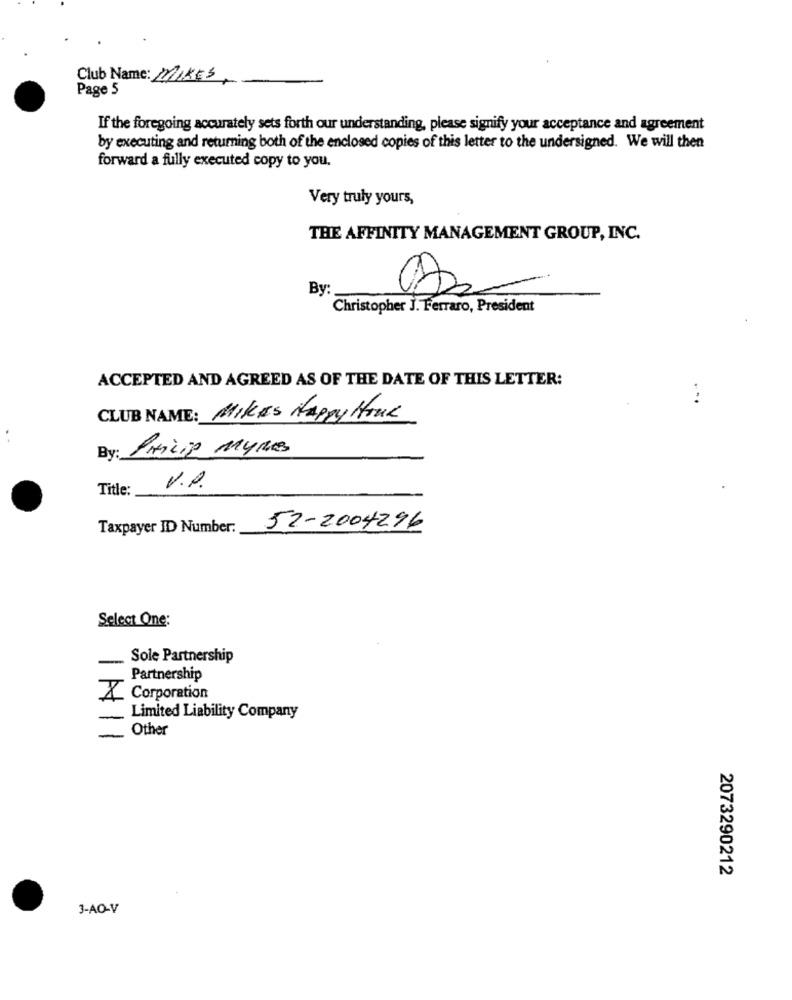
Club Name: MIKES
Page 5
If the foregoing accurately sets forth our understanding, please signify your acceptance and agreement
by executing and returning both of the enclosed copies of this letter to the undersigned. We will then
forward a fully executed copy to you.
Very truly yours,
THE AFFINITY MANAGEMENT GROUP, INC.
By
Christopher J. Ferraro, President
ACCEPTED AND AGREED AS OF THE DATE OF THIS LETTER:
CLUB NAME: MIKES Happy HOUR
By: Prizip 114MB
Title:
V.P.
Taxpayer ID Number:
52-2004296
Select One:
Sole Partnership
-
Partnership
. Corporation
Limited Liability Company
Other
2073290212
3-AO-V